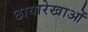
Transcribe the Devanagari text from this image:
छायारेखाओं